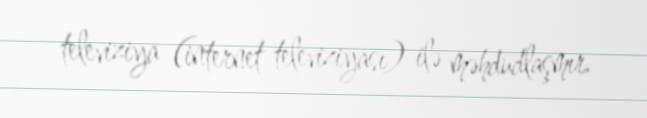
televiziya (internet televiziyası) ilə məhdudlaşmır.